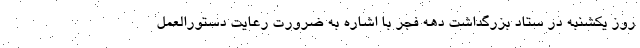
روز یکشنبه در ستاد بزرگداشت دهه فجر با اشاره به ضرورت رعایت دستورالعمل